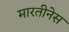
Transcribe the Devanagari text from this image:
मारतीनेस